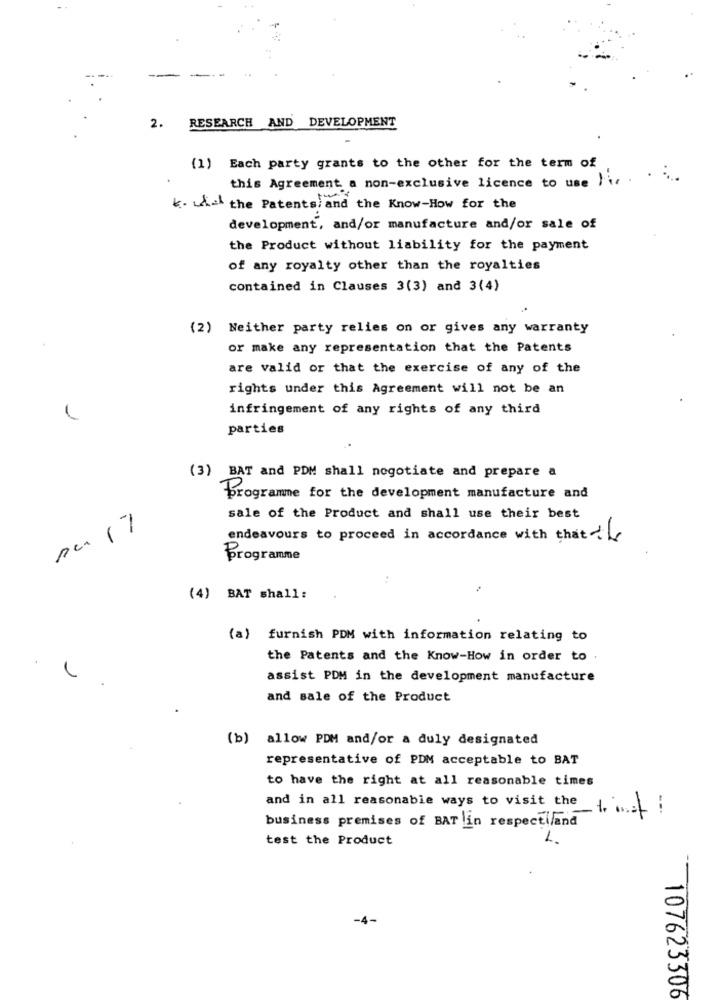
2. RESEARCH AND DEVELOPMENT
(1) Each party grants to the other for the term of
this Agreement a non-exclusive licence to use }ir . . ....
*. fil the Patents and the Know-How for the
development, and/or manufacture and/or sale of
the Product without liability for the payment
of any royalty other than the royalties
contained in Clauses 3(3) and 3(4)
(2) Neither party relies on or gives any warranty
or make any representation that the Patents
are valid or that the exercise of any of the
rights under this Agreement will not be an
infringement of any rights of any third
parties
(3) BAT and PDM shall negotiate and prepare a
programme for the development manufacture and
sale of the Product and shall use their best
endeavours to proceed in accordance with that
Programme
(4) BAT shall:
(a) furnish PDM with information relating to
.
the Patents and the Know-How in order to .
assist PDM in the development manufacture
and sale of the Product
(b) allow PDM and/or a duly designated
representative of PDM acceptable to BAT
to have the right at all reasonable times
and in all reasonable ways to visit the_1.
business premises of BAT in respectifand
test the Product
1
107623306